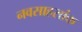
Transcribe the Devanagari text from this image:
नवसाहसांक